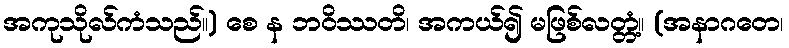
အကုသိုလ်ကံသည်။) စေ န ဘဝိဿတိ၊ အကယ်၍ မဖြစ်လတ္တံ့။ (အနာဂတေ၊